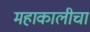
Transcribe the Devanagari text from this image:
महाकालीचा